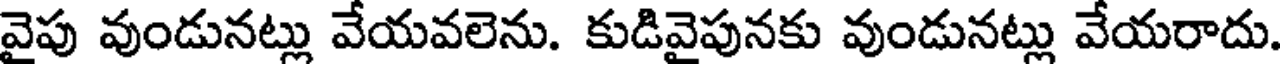
వైపు వుండునట్లు వేయవలెను. కుడివైపునకు వుండునట్లు వేయరాదు.